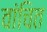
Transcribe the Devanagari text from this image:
वांचित